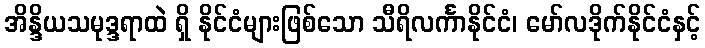
အိန္ဒိယသမုဒ္ဒရာထဲ ရှိ နိုင်ငံများဖြစ်သော သီရိလင်္ကာနိုင်ငံ၊ မော်လဒိုက်နိုင်ငံနှင့်